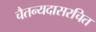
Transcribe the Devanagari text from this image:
चैतन्यदासरचित